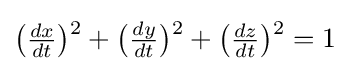
{\textstyle {\bigl (}{\frac {dx}{dt}}{\bigr )}{\vphantom {)}}^{2}+{\bigl (}{\frac {dy}{dt}}{\bigr )}{\vphantom {)}}^{2}+{\bigl (}{\frac {dz}{dt}}{\bigr )}{\vphantom {)}}^{2}=1}